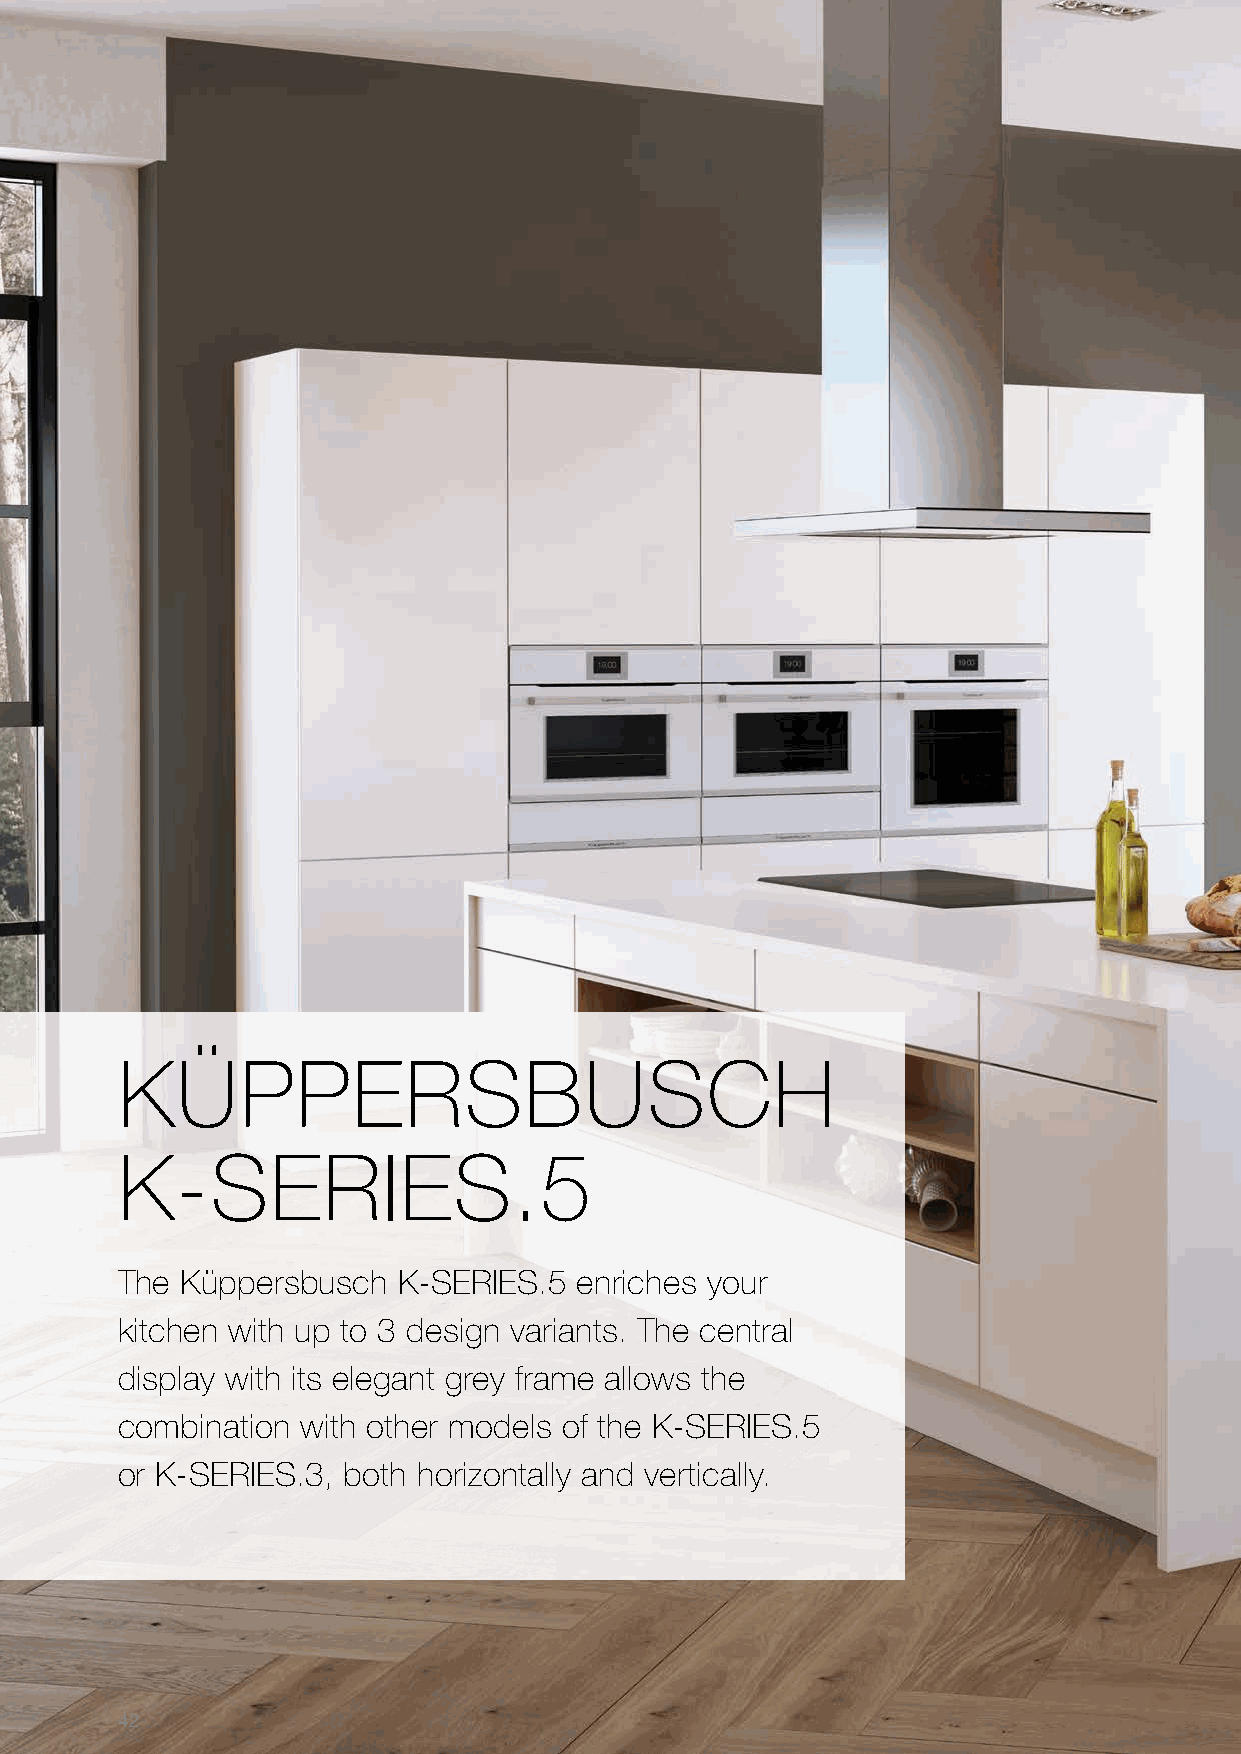
KÜPPERSBUSCH
 K-SERIES.5
 The Küppersbusch  K-SERIES.5  enriches your
 kitchen with up to 3 design variants. The central
 display with its elegant grey frame allows the
 combination with other models of the K-SERIES.5
 or K-SERIES.3, both horizontally and vertically.
 42